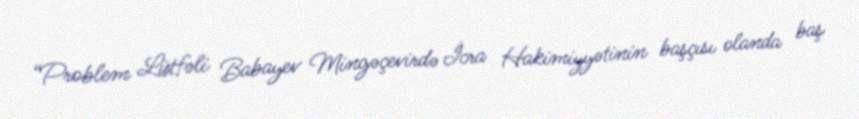
“Problem Lütfəli Babayev Mingəçevirdə İcra Hakimiyyətinin başçısı olanda baş